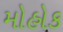
મોહોક